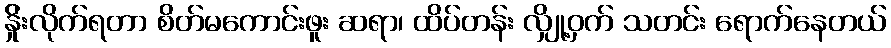
န်ှိုးလိုက်ရတာ စိတ်မကောင်းဖူး ဆရာ၊ ထိပ်တန်း လျှို့ဝှက် သတင်း ရောက်နေတယ်